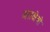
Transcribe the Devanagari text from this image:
अग्रक्षेत्रों